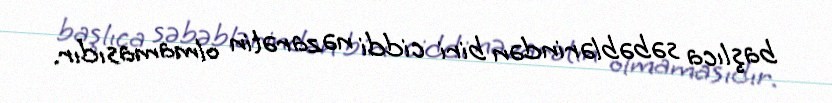
başlıca səbəblərindən biri ciddi nəzarətin olmamasıdır.